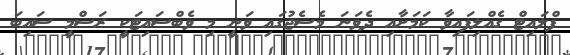
ފްލައިޓް ގެއްލިފައިވާ ކަމަށާއި ދެވަނަ މެސެޖުގައި ވަނީ މި ވެބްސައިޓަކީ ރަސްމީ ސައިބަ